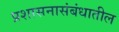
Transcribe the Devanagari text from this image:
प्रशासनासंबंधातील